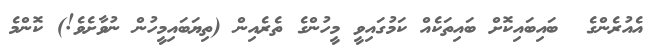
އެއުރެންގެ  ބައިބައިކޮށް ބައިތަކެއް ކަމުގައިވީ މީހުންގެ ތެރެއިން (ތިޔަބައިމީހުން ނުވާށެވެ!) ކޮންމެ